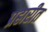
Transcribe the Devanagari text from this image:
प्रहारीत